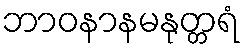
ဘာဝနာနမနုတ္တရံ